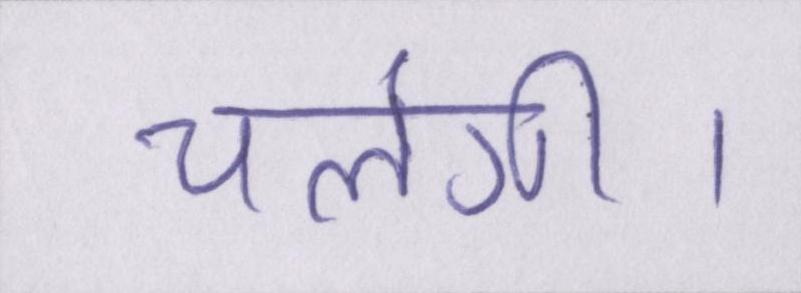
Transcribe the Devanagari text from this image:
चलेंगी।